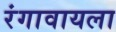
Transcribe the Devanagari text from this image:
रंगावायला